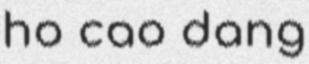
ho cao dang